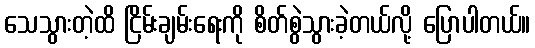
သေသွားတဲ့ထိ ငြိမ်းချမ်းရေးကို စိတ်စွဲသွားခဲ့တယ်လို့ ပြောပါတယ်။